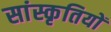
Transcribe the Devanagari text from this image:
सांस्कृतियों